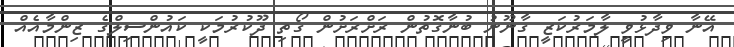
އޭނާ ވިދާޅުވީ ލާމަރުކަޒީ ގާނޫނު ބުނާގޮތުން ރަށްރަށުން ގޯތި ދޫކުރުމަކީ ކައުންސިލްގެ ޒިންމާއެއް